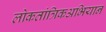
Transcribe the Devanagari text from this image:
लोकतांत्रिकअभियान